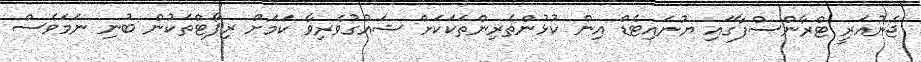
ޖެނުއަރީ ޓްރާންސްފާގައި ޔުނައިޓެޑް އިން ކުޅުންތެރިންތަކަކަށް ޝައުގުވެރިވާ ކަމަށް ރިޕޯޓްތަކުން ބުނި ނަމަވެސް